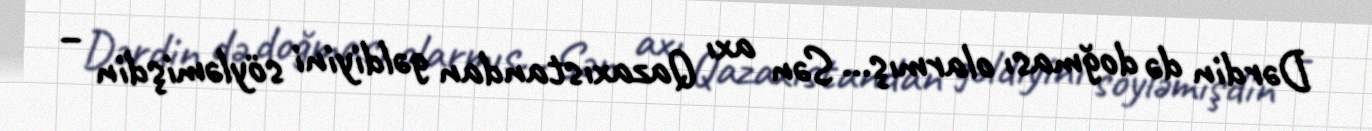
Dərdin də doğması olarmış... Sən axı Qazaxıstandan gəldiyini söyləmişdin –